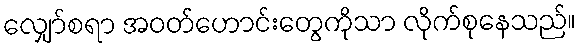
လျှော်စရာ အဝတ်ဟောင်းတွေကိုသာ လိုက်စုနေသည်။